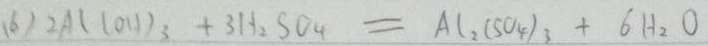
( 6 ) 2 A l ( O H ) _ { 3 } + 3 H _ { 2 } S O _ { 4 } = A l _ { 2 } ( S O _ { 4 } ) _ { 3 } + 6 H _ { 2 } O